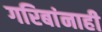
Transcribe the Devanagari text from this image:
गरिबांनाही